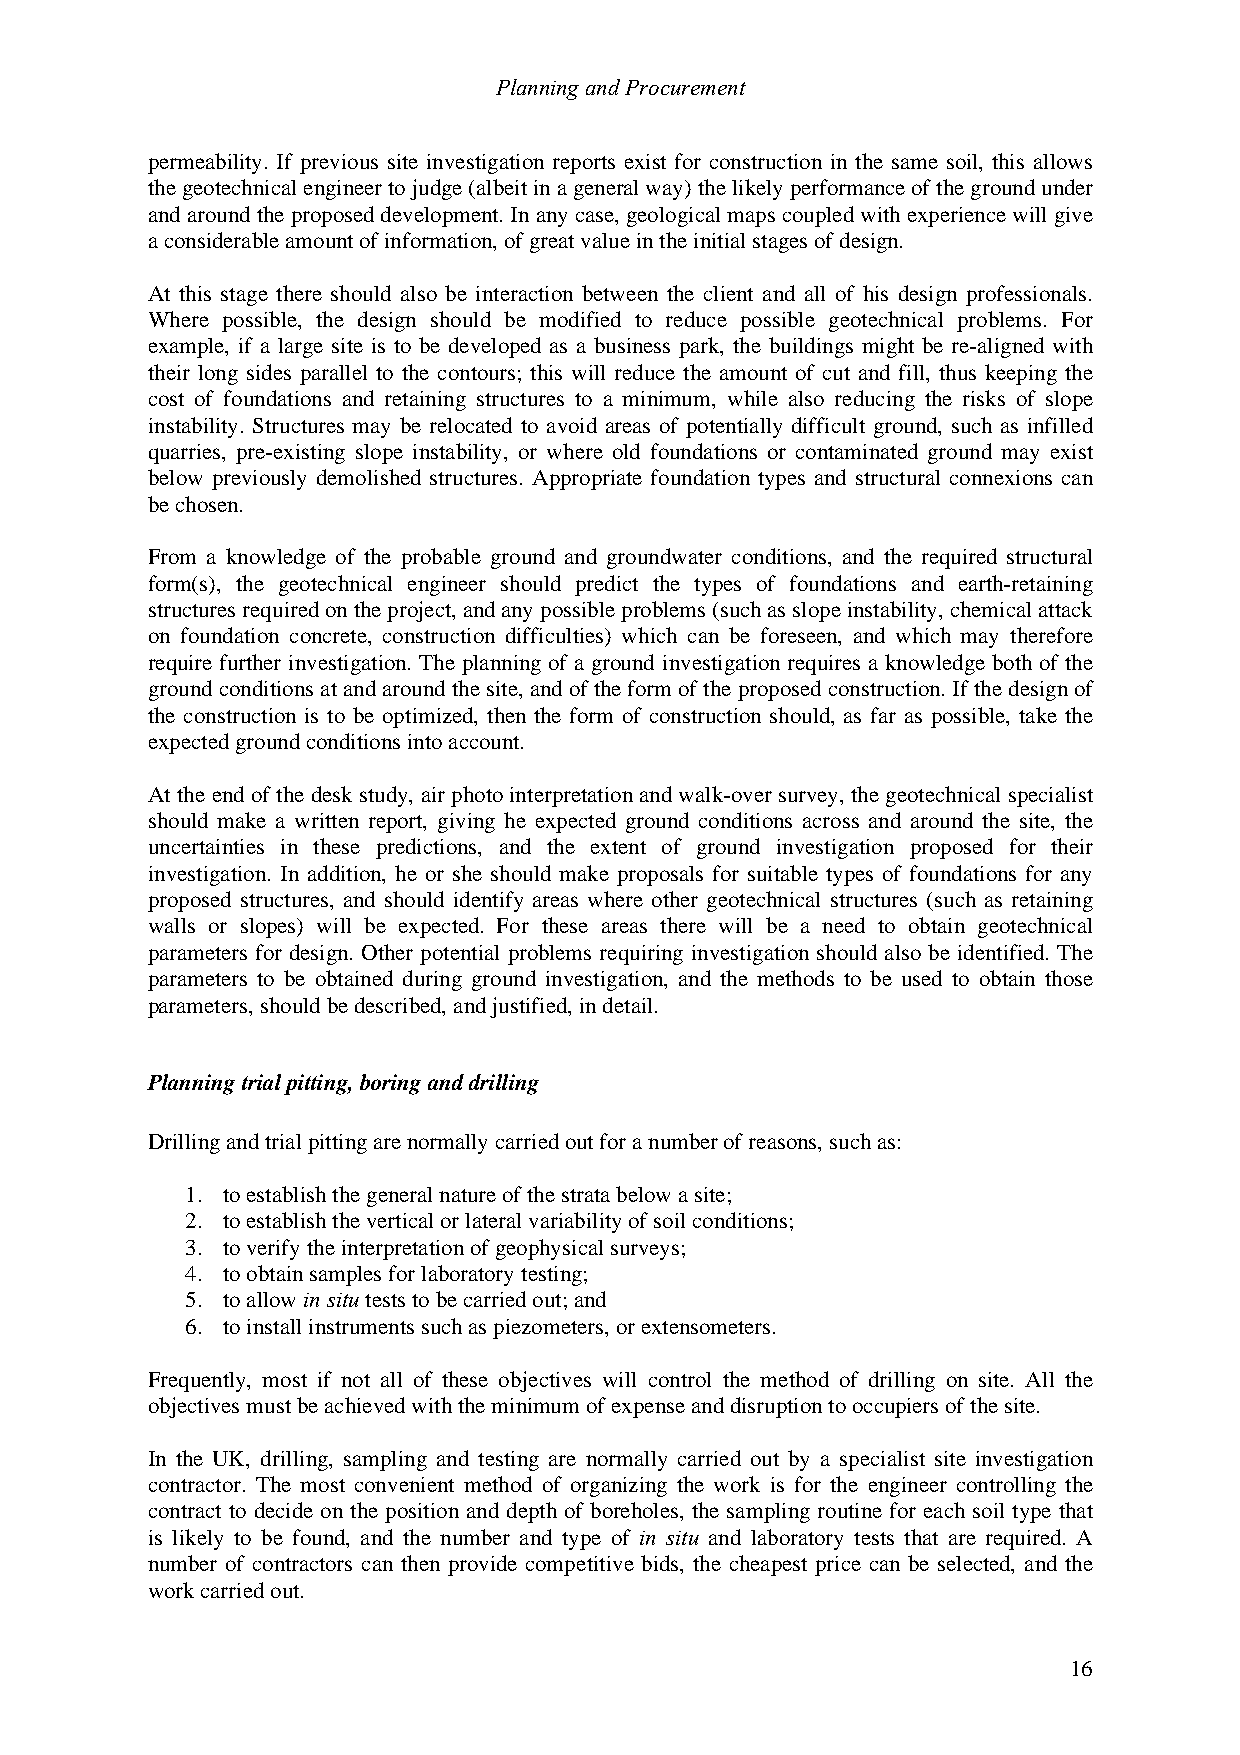
Planning and Procurement
 permeability. If previous site investigation reports exist for construction in the same soil, this allows
 the geotechnical engineer to judge (albeit in a general way) the likely performance of the ground under
 and around the proposed development. In any case, geological maps coupled with experience will give
 a considerable amount of information, of great value in the initial stages of design.
 At this stage there should also be interaction between the client and all of his design professionals.
 Where possible, the design should be modified to reduce possible geotechnical problems. For
 example, if a large site is to be developed as a business park, the buildings might be re-aligned with
 their long sides parallel to the contours; this will reduce the amount of cut and fill, thus keeping the
 cost of foundations and retaining structures to a minimum, while also reducing the risks of slope
 instability. Structures may be relocated to avoid areas of potentially difficult ground, such as infilled
 quarries, pre-existing slope instability, or where old foundations or contaminated ground may exist
 below previously demolished structures. Appropriate foundation types and structural connexions can
 be chosen.
 From a knowledge of the probable ground and groundwater conditions, and the required structural
 form(s), the geotechnical engineer should predict the types of foundations and earth-retaining
 structures required on the project, and any possible problems (such as slope instability, chemical attack
 on foundation concrete, construction difficulties) which can be foreseen, and which may therefore
 require further investigation. The planning of a ground investigation requires a knowledge both of the
 ground conditions at and around the site, and of the form of the proposed construction. If the design of
 the construction is to be optimized, then the form of construction should, as far as possible, take the
 expected ground conditions into account.
 At the end of the desk study, air photo interpretation and walk-over survey, the geotechnical specialist
 should make a written report, giving he expected ground conditions across and around the site, the
 uncertainties in these predictions, and the extent of ground investigation proposed for their
 investigation. In addition, he or she should make proposals for suitable types of foundations for any
 proposed structures, and should identify areas where other geotechnical structures (such as retaining
 walls or slopes) will be expected. For these areas there will be a need to obtain geotechnical
 parameters for design. Other potential problems requiring investigation should also be identified. The
 parameters to be obtained during ground investigation, and the methods to be used to obtain those
 parameters, should be described, and justified, in detail.
 Planning trial pitting, boring and drilling
 Drilling and trial pitting are normally carried out for a number of reasons, such as:
 1. to establish the general nature of the strata below a site;
 2. to establish the vertical or lateral variability of soil conditions;
 3. to verify the interpretation of geophysical surveys;
 4. to obtain samples for laboratory testing;
 5. to allow in situ tests to be carried out; and
 6. to install instruments such as piezometers, or extensometers.
 Frequently, most if not all of these objectives will control the method of drilling on site. All the
 objectives must be achieved with the minimum of expense and disruption to occupiers of the site.
 In the UK, drilling, sampling and testing are normally carried out by a specialist site investigation
 contractor. The most convenient method of organizing the work is for the engineer controlling the
 contract to decide on the position and depth of boreholes, the sampling routine for each soil type that
 is likely to be found, and the number and type of in situ and laboratory tests that are required. A
 number of contractors can then provide competitive bids, the cheapest price can be selected, and the
 work carried out.
 16